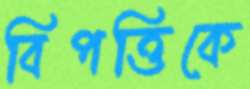
বিপত্তিকে